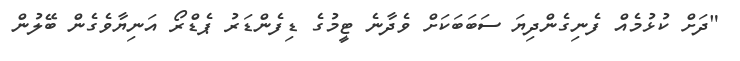
"ދަށް ކުޅުމެއް ފެނިގެންދިޔަ ސަބަބަކަށް ވެދާނެ ޓީމުގެ ޑިފެންޑަރު ޕެޑްރޯ އަނިޔާވެގެން ބޭލުން